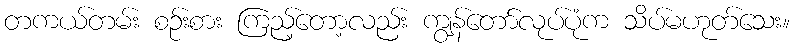
တကယ်တမ်း စဉ်းစား ကြည့်တော့လည်း ကျွန်တော်လုပ်ပုံက သိပ်မဟုတ်သေး။